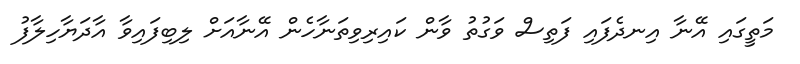
މަތީގައި އޭނާ އިނދެފައި ފަތިސް ވަގުތު ވާން ކައިރިވިތަނާހެން އޭނާއަށް ލިބިފައިވާ އާދަޔާހިލާފު